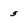
Character: 5